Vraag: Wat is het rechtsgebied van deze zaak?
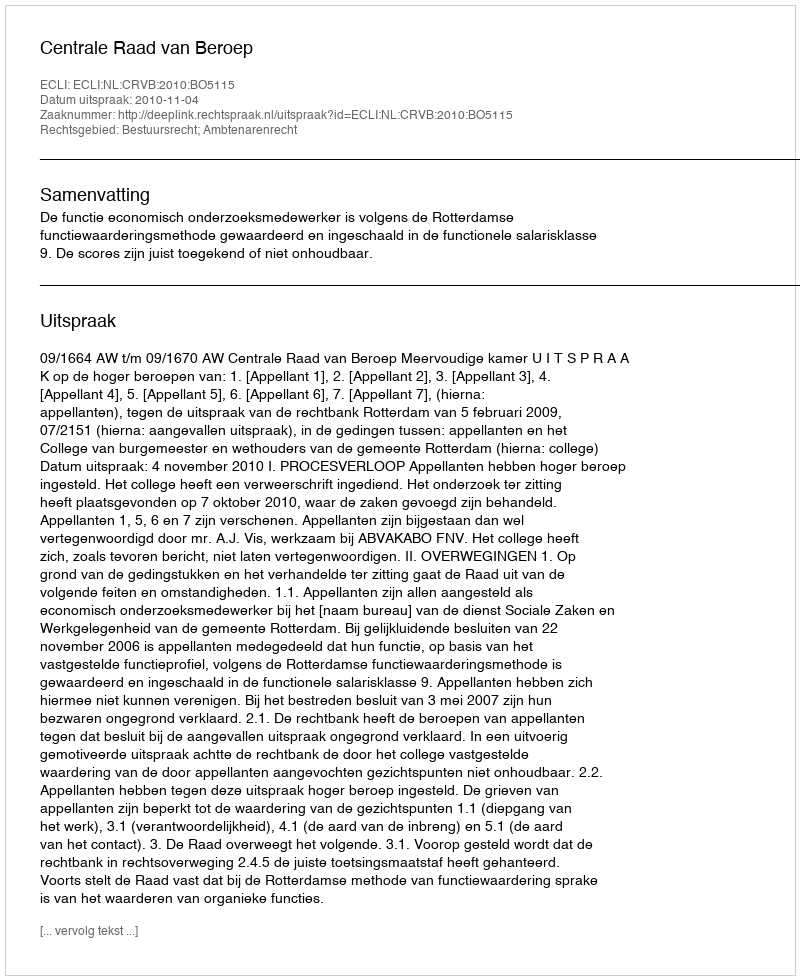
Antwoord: Bestuursrecht; Ambtenarenrecht